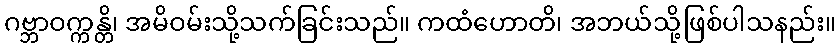
ဂဗ္ဘာဝက္ကန္တိ၊ အမိဝမ်းသို့သက်ခြင်းသည်။ ကထံဟောတိ၊ အဘယ်သို့ဖြစ်ပါသနည်း။